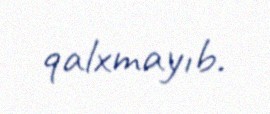
qalxmayıb.